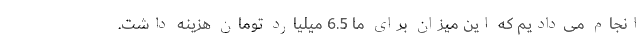
انجام می‌دادیم که این میزان برای ما 6.5 میلیارد تومان هزینه داشت.